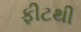
ફીટથી